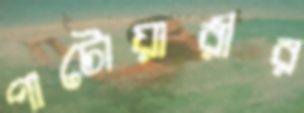
পাটোয়ারীর